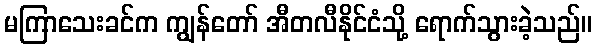
မကြာသေးခင်က ကျွန်တော် အီတလီနိုင်ငံသို့ ရောက်သွားခဲ့သည်။